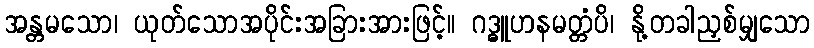
အန္တမသော၊ ယုတ်သောအပိုင်းအခြားအားဖြင့်။ ဂဒ္ဓူဟနမတ္တံပိ၊ နို့တခါညှစ်မျှသော